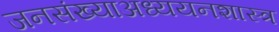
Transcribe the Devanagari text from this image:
जनसंख्याअध्ययनशास्त्र